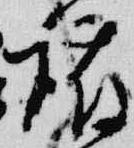
護